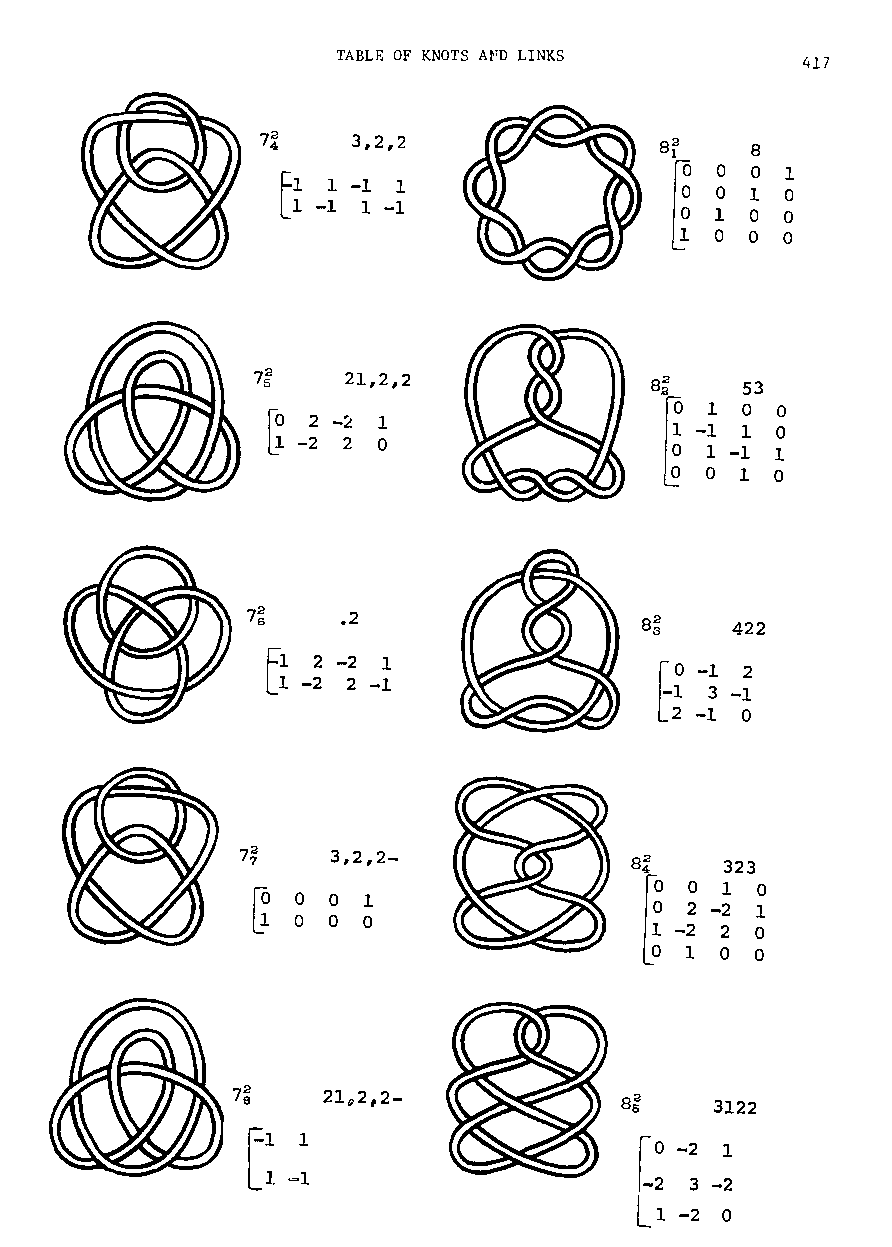
TABLE OF KNOTS AfD LINKS       417
 7~    3,2,2
 Fl
 L   1 -1 1
 1 -1 1-1
 7~    21,2,2
 53
 100
 1                    -1 1 0
 o
 1 -1 1
 010
 7~     .2
 422
 Ell 2 -2 1                to -1 2
 -2 2-1
 -21 3-1
 -1 0
 7~    3,2,2-
 323
 o
 010
 1
 o                      2 -2 1
 0
 -2 2 0
 100
 7;
 21 2,2-             sg
 0                       3122
 1                     t:
 L:                           -2 1
 -=1
 3 -2
 -2 0